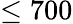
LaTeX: \le 700